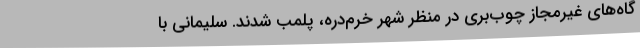
گاه‌های غیرمجاز چوب‌بری در منظر شهر خرم‌دره، پلمب شدند. سلیمانی با